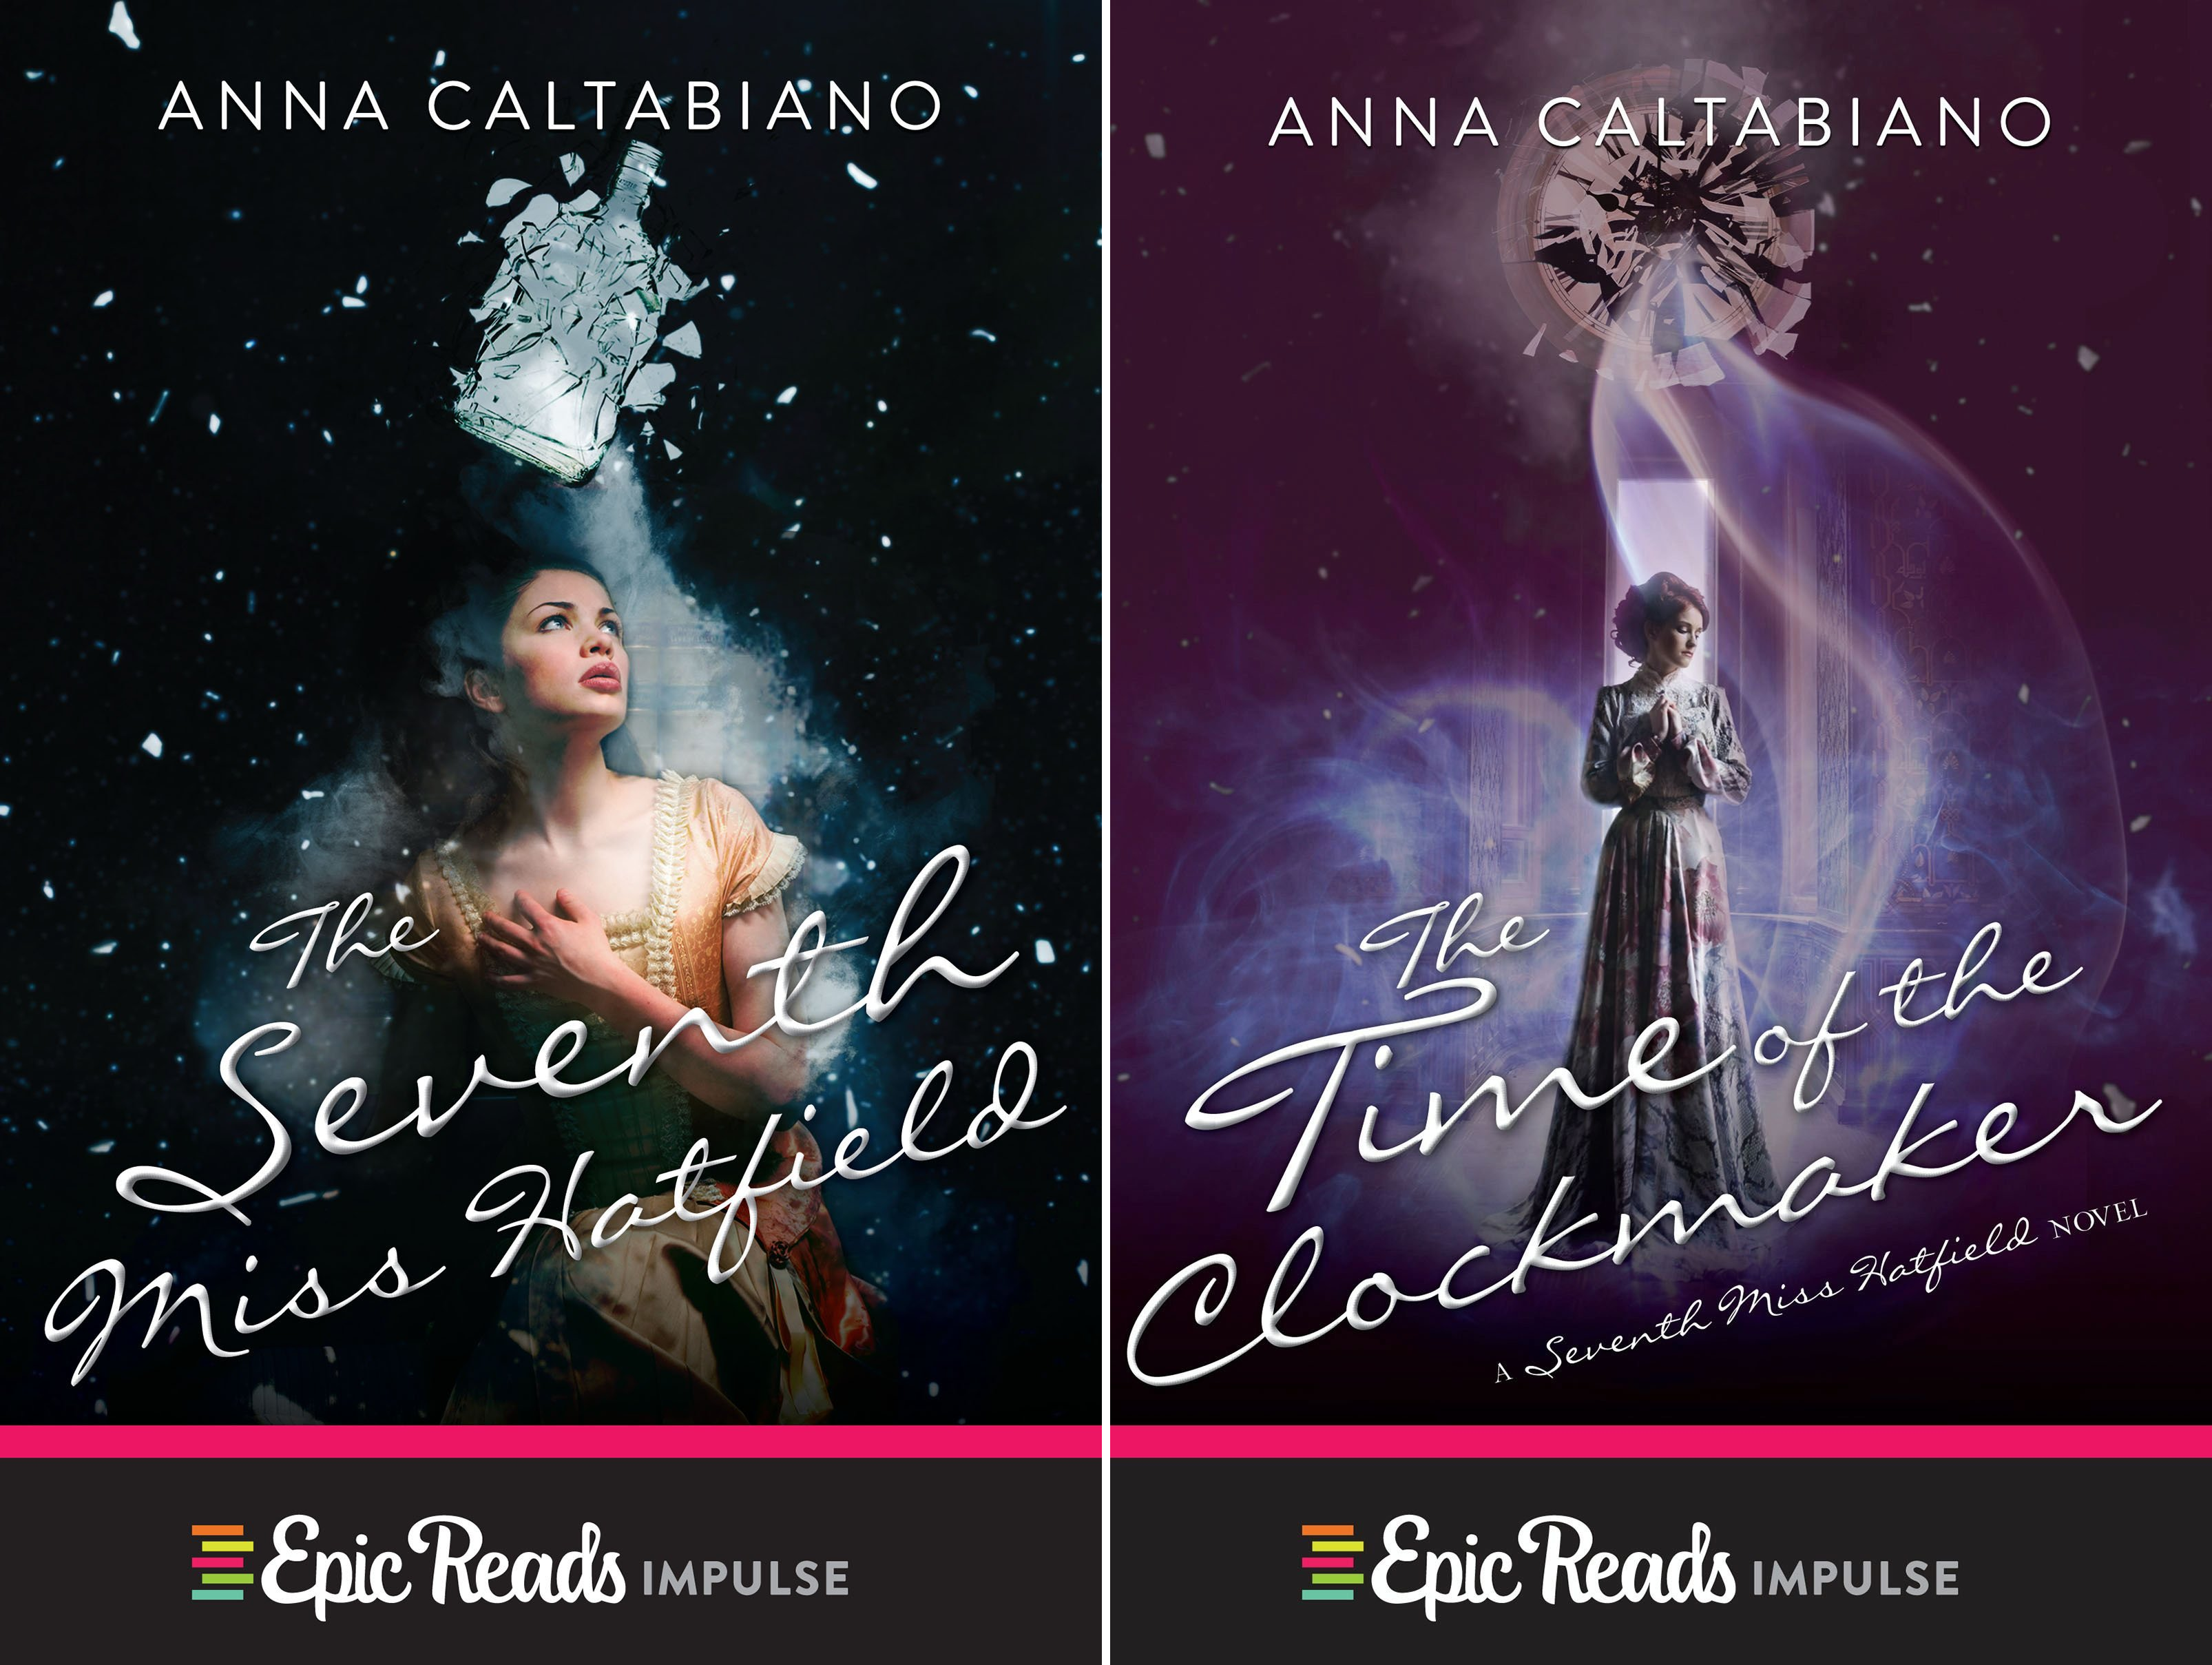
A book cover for Seventh Miss Hatfield (2 Book Series); Anna Caltabiano; Teen & Young Adult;